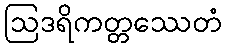
ဩဒရိကတ္တဿေတံ